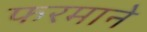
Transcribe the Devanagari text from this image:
फरमाने